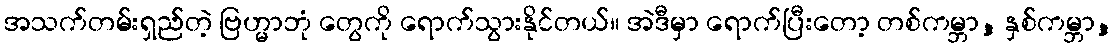
အသက်တမ်းရှည်တဲ့ ဗြဟ္မာဘုံ တွေကို ရောက်သွားနိုင်တယ်။ အဲဒီမှာ ရောက်ပြီးတော့ တစ်ကမ္ဘာ, နှစ်ကမ္ဘာ,